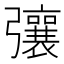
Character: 𢐿